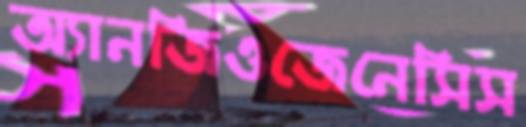
অ্যানজিওজেনেসিস